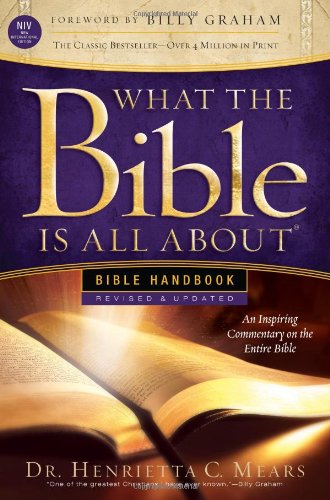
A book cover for What the Bible Is All About: Revised-NIV Edition Bible Handbook; Henrietta C. Mears; Christian Books & Bibles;